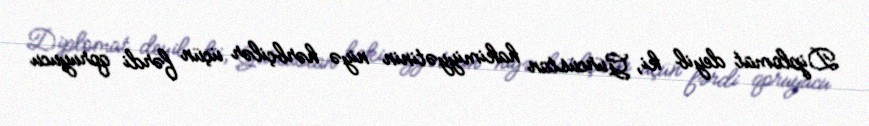
Diplomat deyib ki, Gürcüstan hakimiyyətinin niyə hərbçilər üçün fərdi qoruyucu